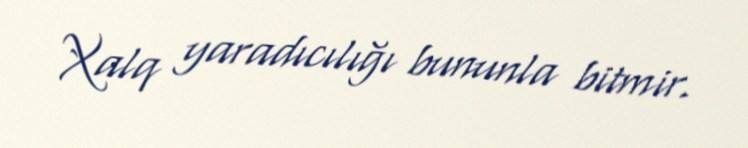
Xalq yaradıcılığı bununla bitmir.